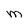
Character: m